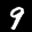
Label: 9